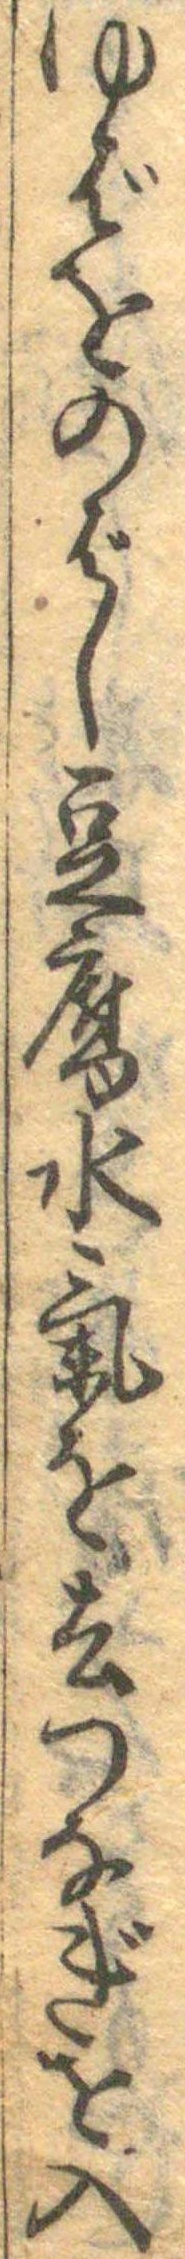
ゆばをのばし豆腐水気を去つなぎを入